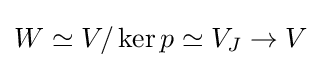
W\simeq V/\operatorname {ker} p\simeq V_{J}\to V